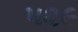
૫૨૯